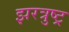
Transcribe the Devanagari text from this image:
झरत्रुष्ट्र